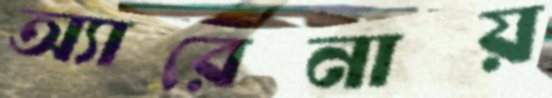
অ্যারেনায়